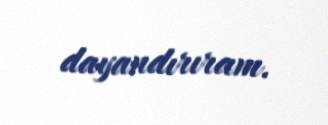
dayandırıram.